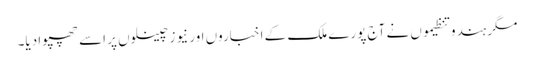
مگر ہندو تنظیموں نے آج پورے ملک کے اخباروں اور نیوز چینلوں پر اسے چھپوا دیا۔